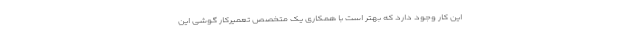
این کار وجود دارد که بهتر است با همکاری یک متخصص تعمیرکار گوشی این